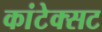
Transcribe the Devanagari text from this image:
कांटेक्सट